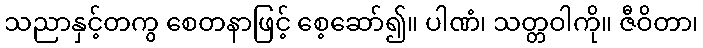
သညာနှင့်တကွ စေတနာဖြင့် စေ့ဆော်၍။ ပါဏံ၊ သတ္တဝါကို။ ဇီဝိတာ၊